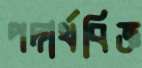
পদার্থবিজ্ঞ